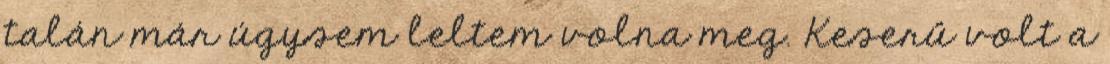
talán már úgysem leltem volna meg. Keserű volt a